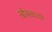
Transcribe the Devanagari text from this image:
खोक्ल्यावते